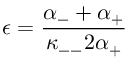
\epsilon = \frac { \alpha _ { - } + \alpha _ { + } } { \kappa _ { -- } 2 \alpha _ { + } }